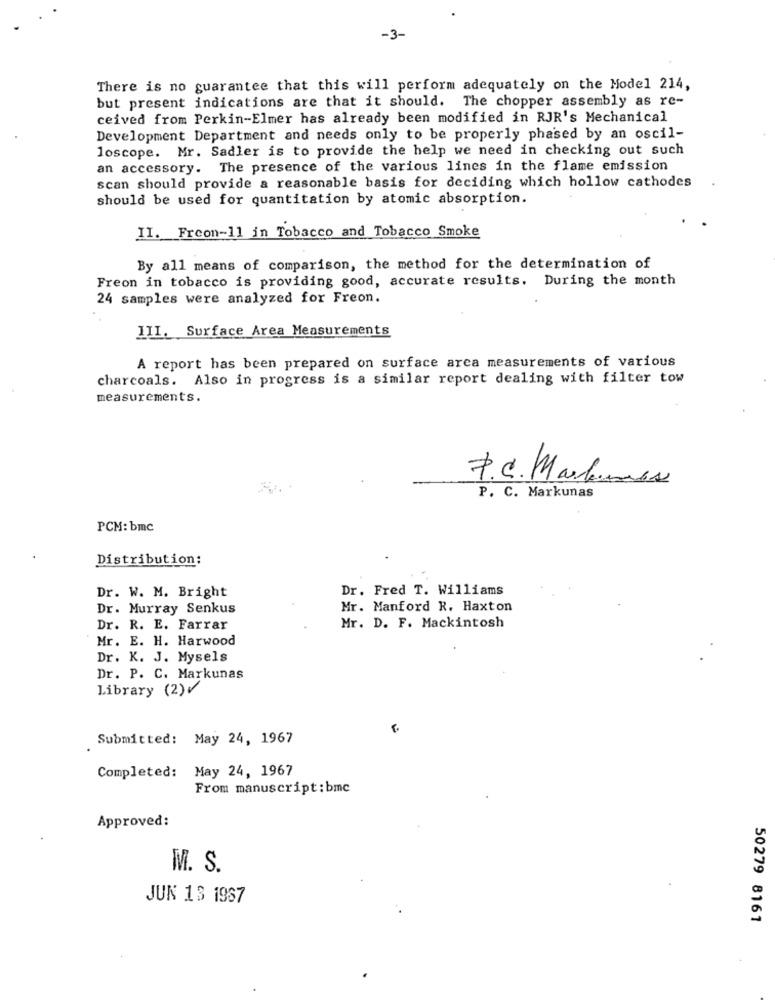
-3-
There is no guarantee that this will perform adequately on the Model 214,
but present indications are that it should. The chopper assembly as re-
ceived from Perkin-Elmer has already been modified in RJR's Mechanical
Development Department and needs only to be properly phased by an oscil-
loscope. Mr. Sadler is to provide the help we need in checking out such
an accessory. The presence of the various lines in the flame emission
scan should provide a reasonable basis for deciding which hollow cathodes
should be used for quantitation by atomic absorption.
II. Frcon-11 in Tobacco and Tobacco Smoke
By all means of comparison, the method for the determination of
Freon in tobacco is providing good, accurate results. During the month
24 samples were analyzed for Freon.
III. Surface Area Measurements
A report has been prepared on surface area measurements of various
charcoals. Also in progress is a similar report dealing with filter tow
measurements.
7. C. Marlenes
P. C. Markunas
PCM: bmc
Distribution:
Dr. Fred T. Williams
Dr. W. M. Bright
Dr. Murray Senkus
Mr. Manford R. Haxton
Dr. R. E. Farrar
Mr. D. F. Mackintosh
Mr. E. H. Harwood
Dr. K. J. Mysels
Dr. P. C. Markunas
Library (2)
Submitted: May 24, 1967
Completed: May 24, 1967
From manuscript: bmc
Approved:
M. S.
JUN 13 1967
50279 8161